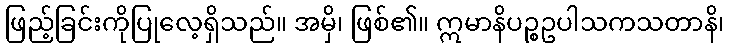
ဖြည့်ခြင်းကိုပြုလေ့ရှိသည်။ အမှိ၊ ဖြစ်၏။ ဣမာနိပဉ္စဥပါသကသတာနိ၊